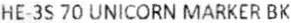
HE-3S 70 UNICORN MARKER BK